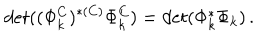
d e t ( ( \Phi _ { k } ^ { C } ) ^ { * ( C ) } \Phi _ { k } ^ { C } ) = d e t ( \Phi _ { k } ^ { * } \Phi _ { k } ) \, .